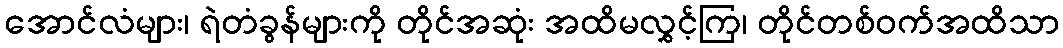
အောင်လံများ၊ ရဲတံခွန်များကို တိုင်အဆုံး အထိမလွှင့်ကြ၊ တိုင်တစ်ဝက်အထိသာ